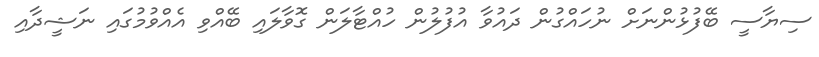
ސިޔާސީ ބޭފުޅުންނަށް ނުހައްގުން ދައުވާ އުފުލުން ހުއްޓާލަން ގޮވާލައި ބޭއްވި އެއްވުމުގައި ނަޝީދާއި